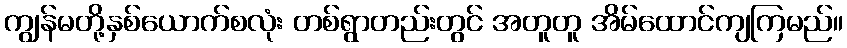
ကျွန်မတို့နှစ်ယောက်စလုံး တစ်ရွာတည်းတွင် အတူတူ အိမ်ထောင်ကျကြမည်။